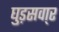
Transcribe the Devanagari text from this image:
घुड़सवा्र